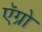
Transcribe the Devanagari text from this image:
ऍग्रो